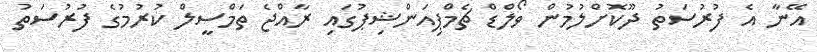
އޭނާ އެ ފުރުސަތު ދޫކޮށްލުމުން ވޯލްޑް ޗެމްޕިއަންޝިޕުގައި ރާއްޖެ ތަމްސީލް ކުރުމުގެ ފުރުސަތު